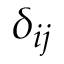
\delta _ { i j }